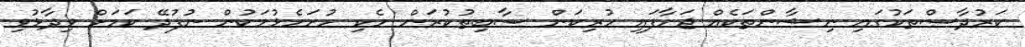
ކަރުދާސްތަކުގައި ނިޝާންތަކެއް ޖަހާފައި ހުރިކަން ސާބިތުކުރަން ހެކި ހުށަހެޅުމަކުން ނުފުދޭ ކަމަށް ވިދާޅުވި